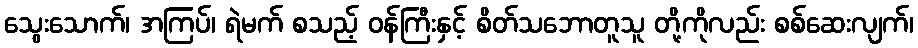
သွေးသောက်၊ အကြပ်၊ ရဲမက် စသည့် ဝန်ကြီးနှင့် စိတ်သဘောတူသူ တို့ကိုလည်း စစ်ဆေးလျက်၊